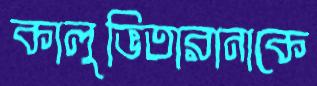
কালুভিতারানাকে